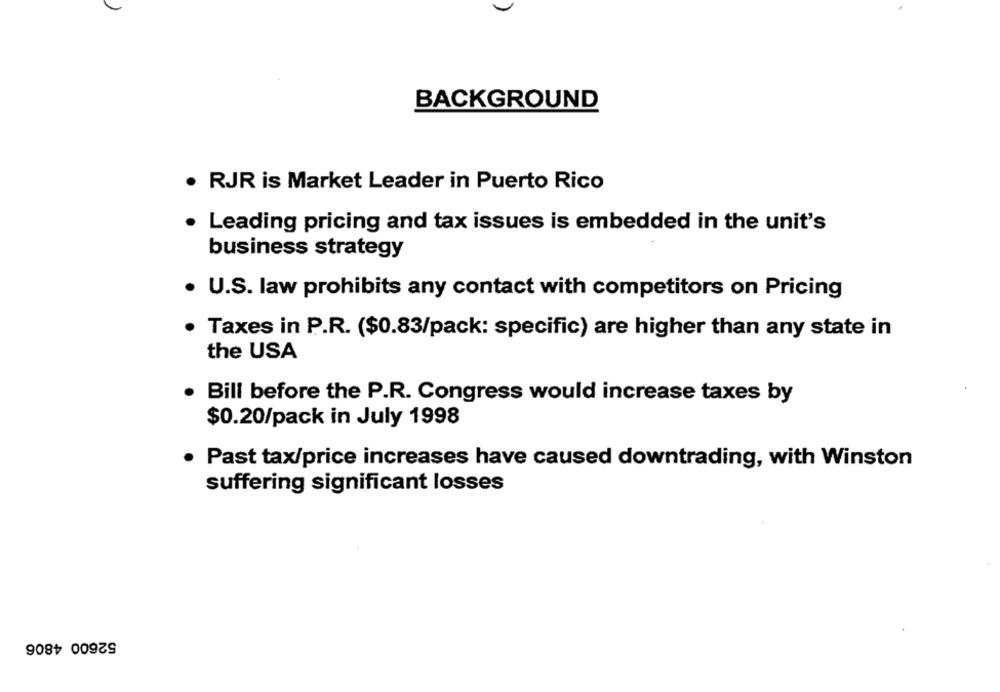
BACKGROUND
· RJR is Market Leader in Puerto Rico
. Leading pricing and tax issues is embedded in the unit's
business strategy
. U.S. law prohibits any contact with competitors on Pricing
Taxes in P.R. ($0.83/pack: specific) are higher than any state in
the USA
Bill before the P.R. Congress would increase taxes by
$0.20/pack in July 1998
· Past tax/price increases have caused downtrading, with Winston
suffering significant losses
52600 4806